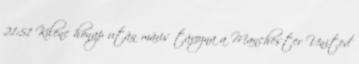
21:51 Kilenc hónap után máris távozna a Manchester United